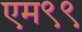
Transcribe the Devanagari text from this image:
एम९९